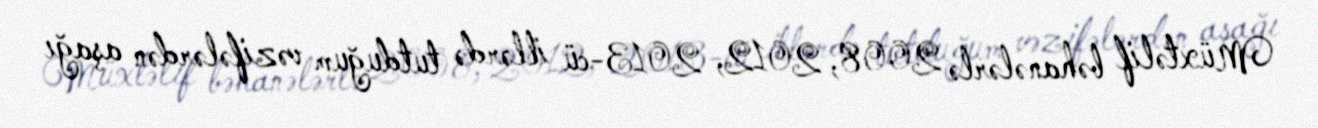
Müxtəlif bəhanələrlə 2008, 2012, 2013-cü illərdə tutduğum vəzifələrdən aşağı